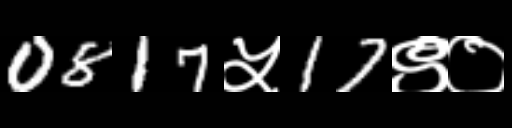
Text: 0817५17९०